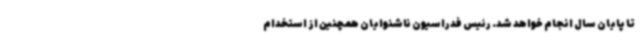
تا پایان سال انجام خواهد شد. رئیس فدراسیون ناشنوایان همچنین از استخدام